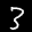
Label: 3